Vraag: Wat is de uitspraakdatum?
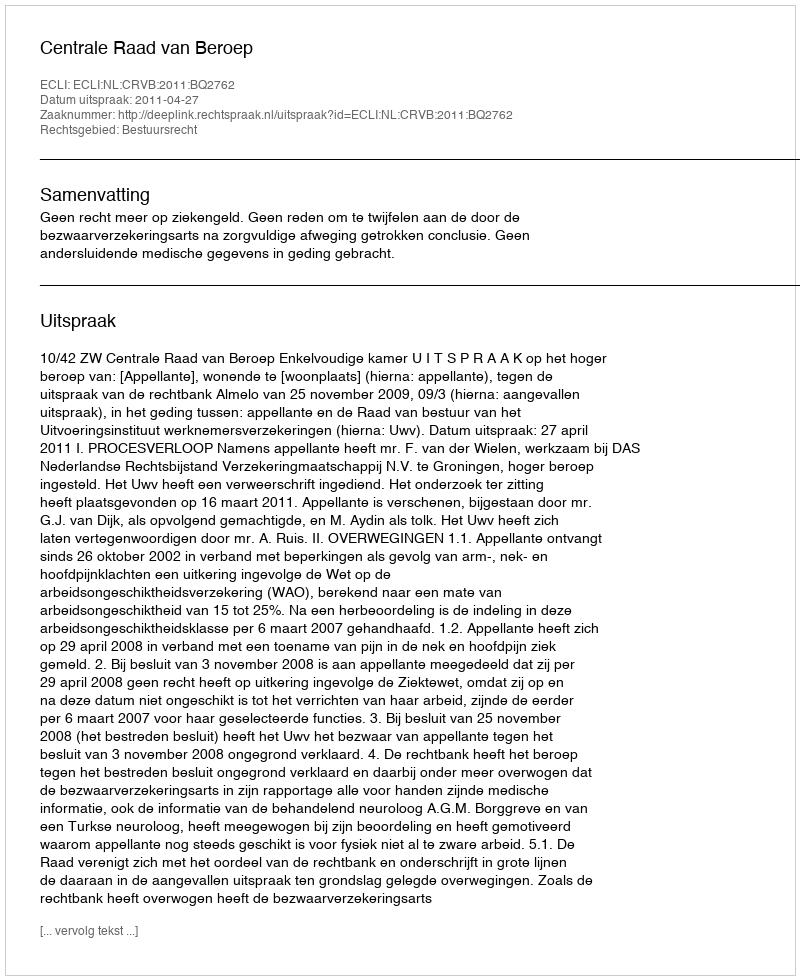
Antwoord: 2011-04-27